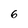
Character: 6